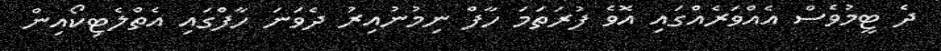
ދެ ޓީމުވެސް އެއްވަރެއްގައި އޮވެ ފުރަތަމަ ހާފް ނިމުނުއިރު ދެވަނަ ހާފްގައި އެތްލެޓިކޯއިން